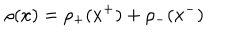
\rho ( x ) = \rho _ { + } ( x ^ { + } ) + \rho _ { - } ( x ^ { - } )